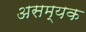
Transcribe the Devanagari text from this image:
असम्यक